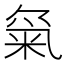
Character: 𱸿